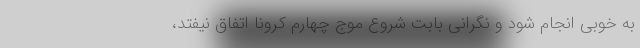
به خوبی انجام شود و نگرانی بابت شروع موج چهارم کرونا اتفاق نیفتد،